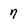
Character: 7